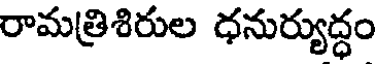
రామత్రిశిరుల ధనుర్యుద్ధం